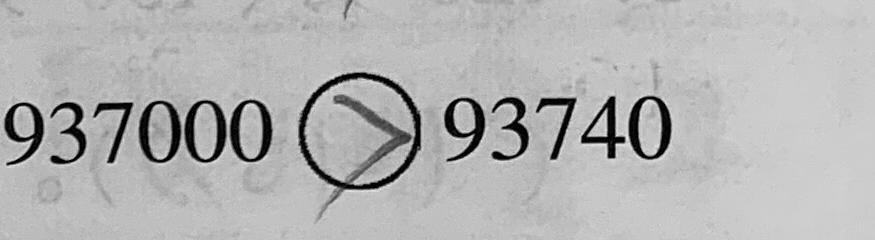
9 3 7 0 0 0 > 9 3 7 4 0